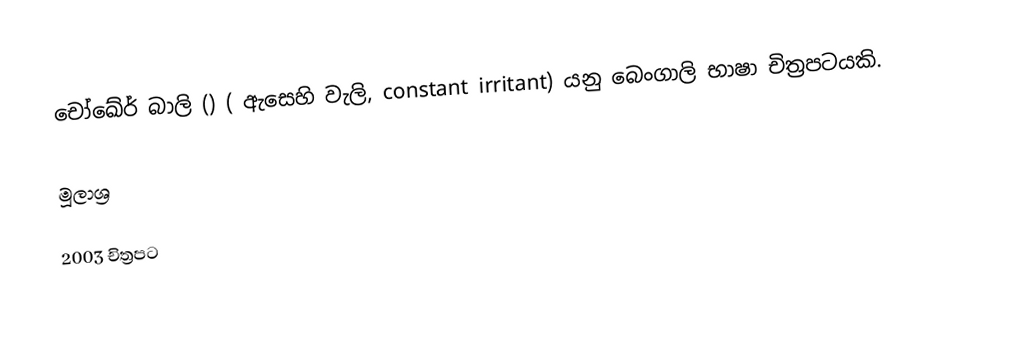
චෝඛේර් බාලි () ( ඇසෙහි වැලි,  constant irritant) යනු බෙංගාලි භාෂා චිත්‍රපටයකි.

මූලාශ්‍ර

2003 චිත්‍රපට